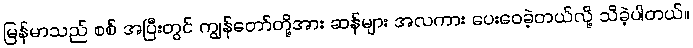
မြန်မာသည် စစ် အပြီးတွင် ကျွန်တော်တို့အား ဆန်များ အလကား ပေးဝေခဲ့တယ်လို့ သိခဲ့ပါတယ်။